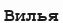
Вилья